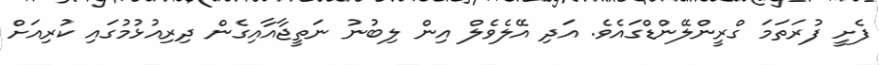
ފެށީ ފުރަތަމަ ގްރީންލޭންޑްގައެވެ. އަދި އޭލެވެލް އިން ލިބުނު ނަތީޖާއާއިގެން ދިރިއުޅުމުގައި ކުރިއަށް